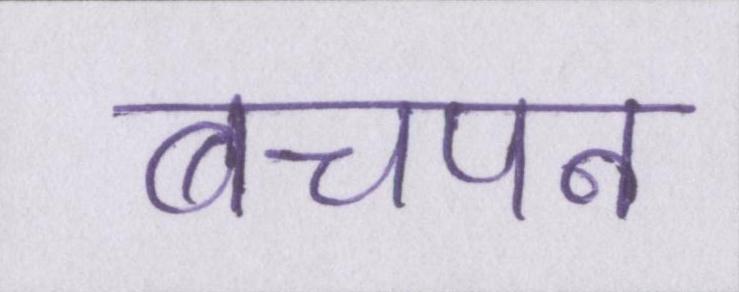
बचपन